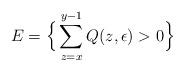
LaTeX: \begin{align*}E=\Big\{\sum_{z=x}^{y-1}Q(z,\epsilon)>0\Big\}\end{align*}